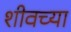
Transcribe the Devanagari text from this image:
शीवच्या